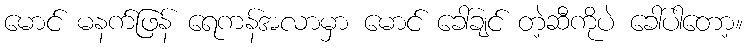
မောင် မနက်ဖြန် ရေကန်အလာမှာ မောင် ခေါ်ချင် တဲ့ဆီကိုပဲ ခေါ်ပါတော့။